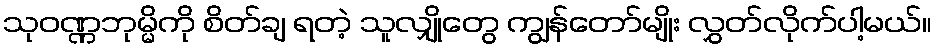
သုဝဏ္ဏဘုမ္မိကို စိတ်ချ ရတဲ့ သူလျှိုတွေ ကျွန်တော်မျိုး လွှတ်လိုက်ပါ့မယ်။